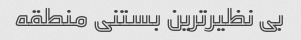
بی نظیر‌ترین بستنی منطقه